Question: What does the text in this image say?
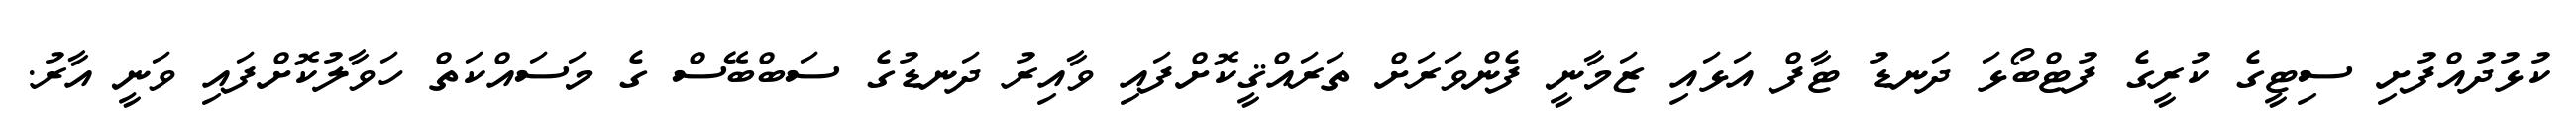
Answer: ކުޅުދުއްފުށި ސިޓީގެ ކުރީގެ ފުޓްބޯޅަ ދަނޑު ޓާފް އަޅައި ޒަމާނީ ފެންވަރަށް ތަރައްޤީކޮށްފައި ވާއިރު ދަނޑުގެ ސަބްބޭސް ގެ މަސައްކަތް ހަވާލުކޮށްފައި ވަނީ އާރު.